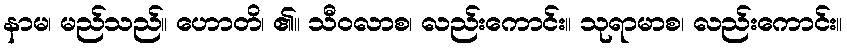
နာမ၊ မည်သည်။ ဟောတိ၊ ၏။ သီဝလာစ၊ လည်းကောင်း။ သုရာမာစ၊ လည်းကောင်း။